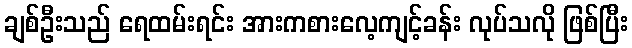
ချစ်ဦးသည် ရေထမ်းရင်း အားကစားလေ့ကျင့်ခန်း လုပ်သလို ဖြစ်ပြီး